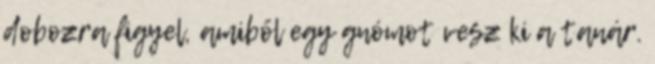
dobozra figyel, amiből egy gnómot vesz ki a tanár.